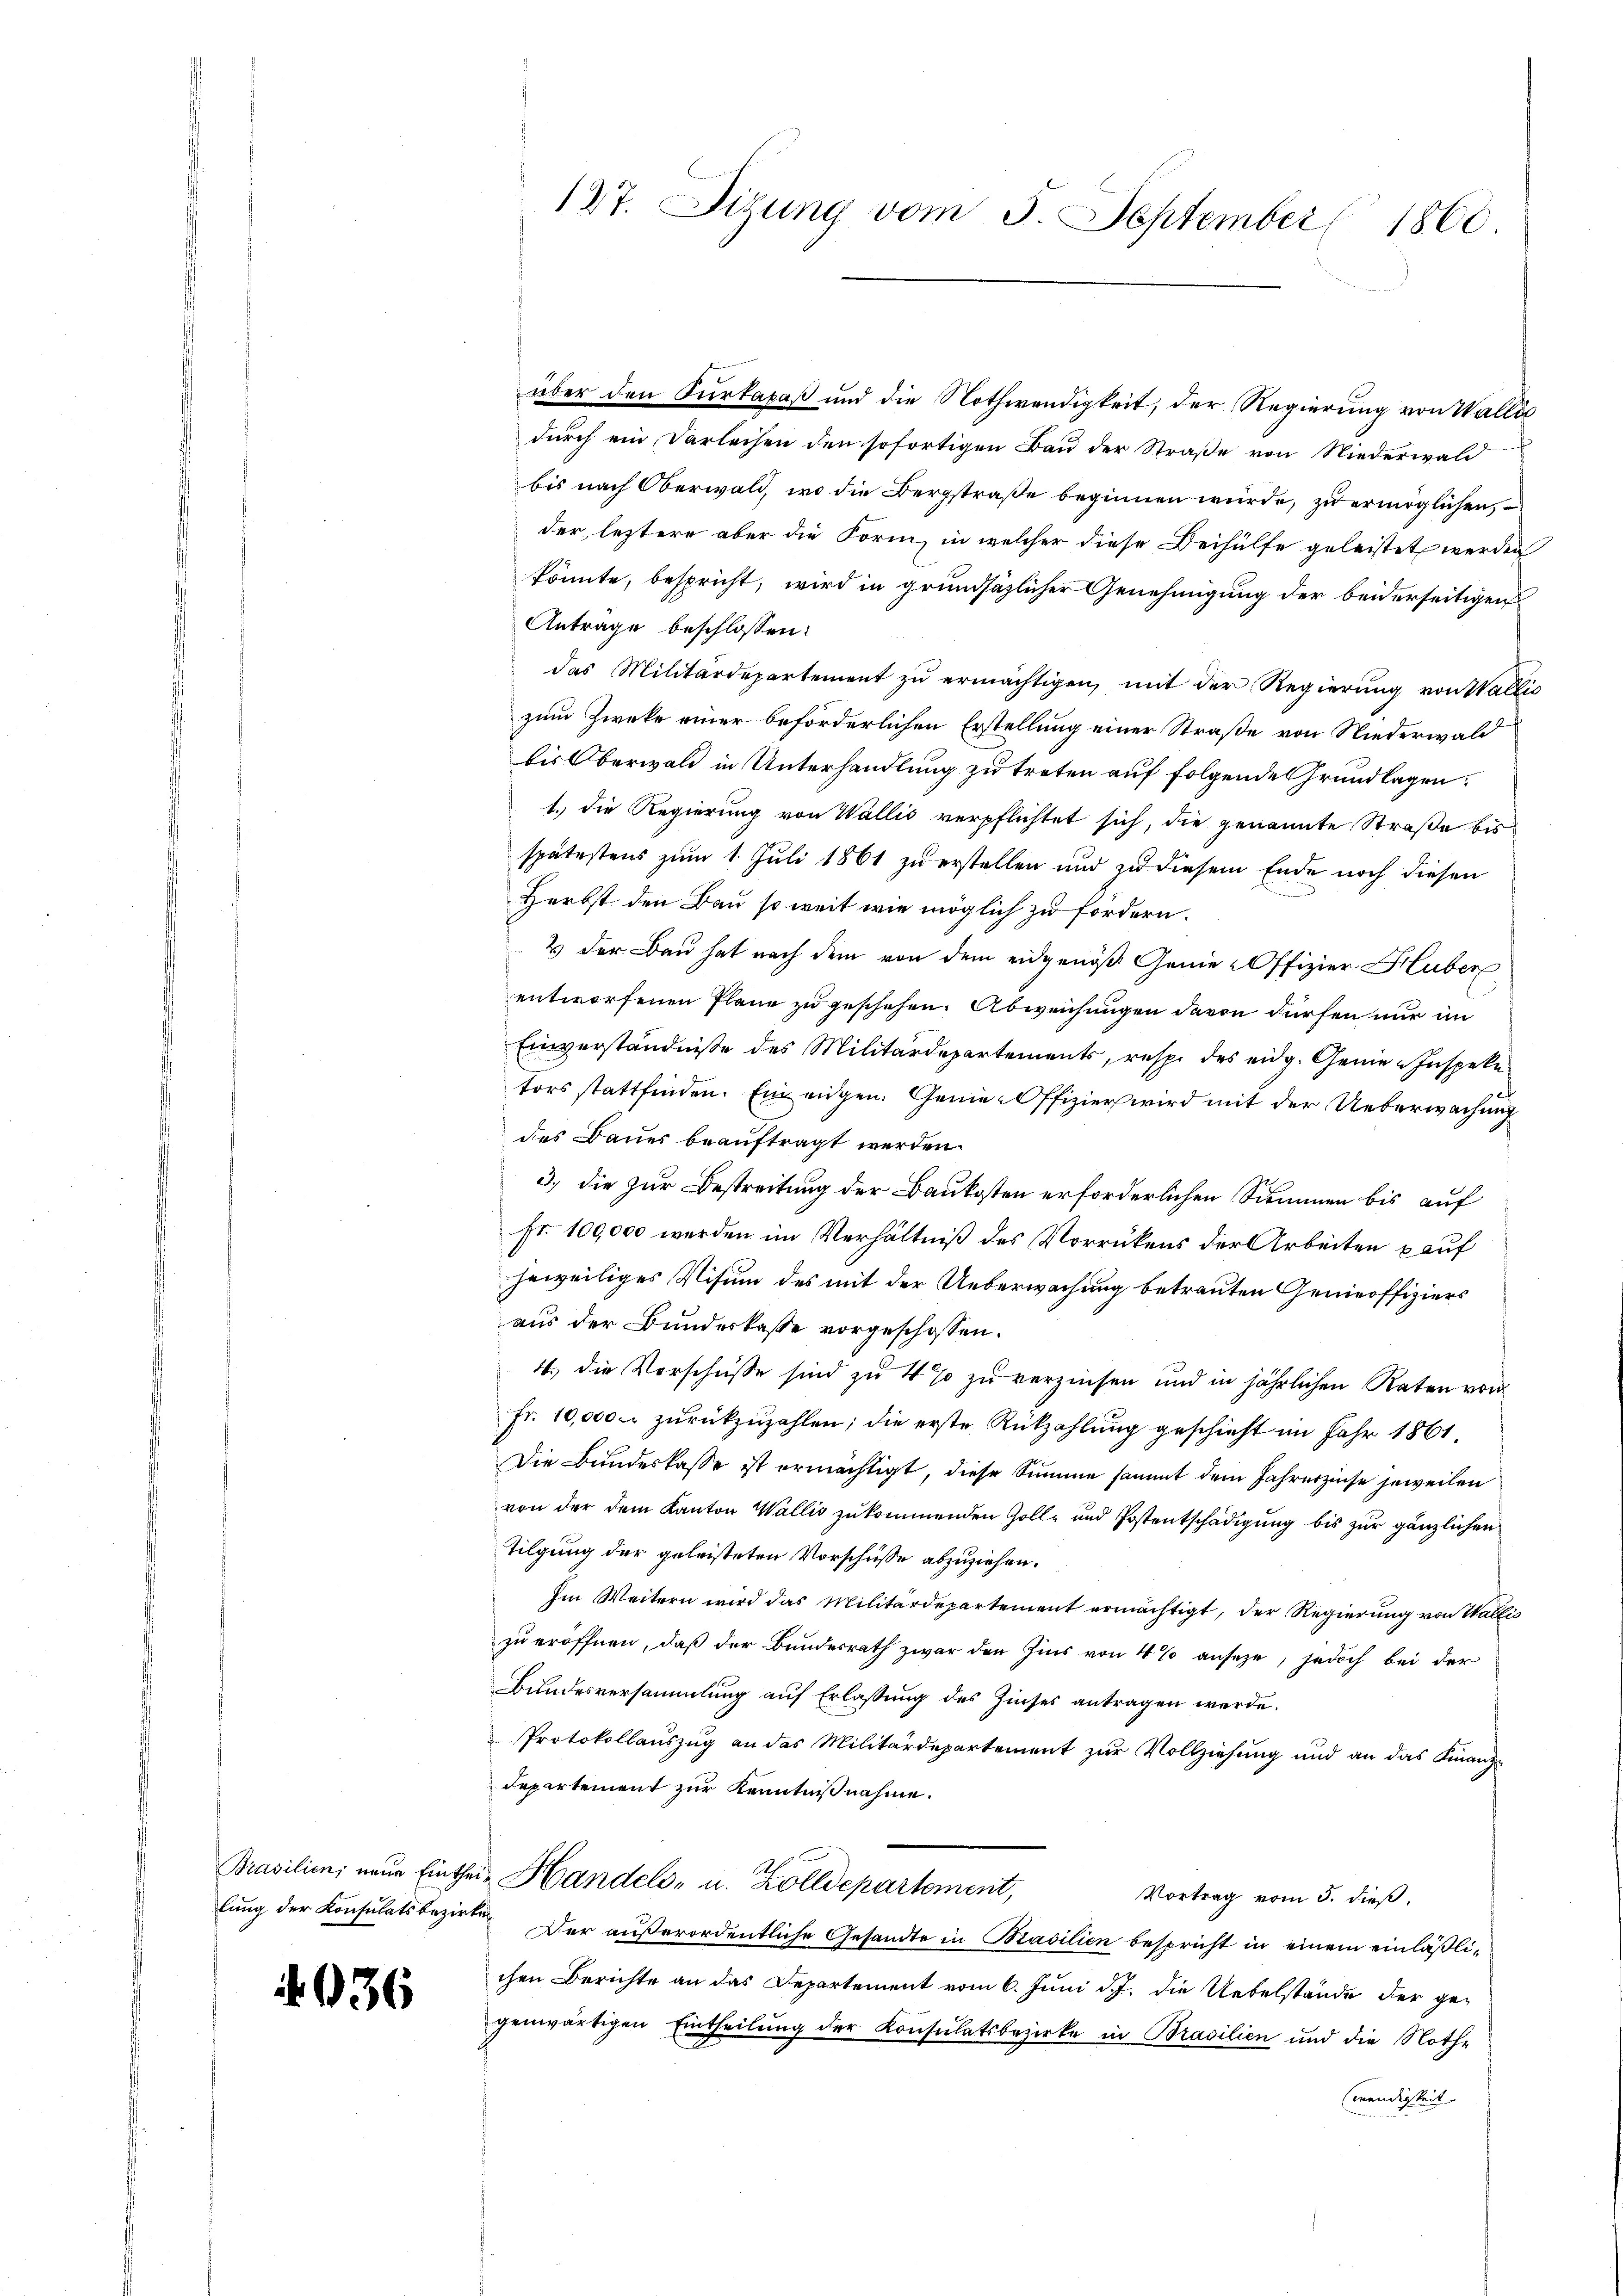
Brasilien, neue Einthei
lung der Konsulatsbezirk

4036

187. Dizung vom 5. September 1800.

über den Furkapaß und die Nothwendigkeit, der Regierung von Wallis
durch ein Darleihen den sofortigen Bau der Straße von Niederwald
bis nach Oberwald, wo die Bergstraße beginnen würde, zu ermöglichen
der, letztere aber die Form, in welcher diese Beihülfe geleistet werden
könnte, bespricht, wird in grundsätzlicher Genehmigung der beiderseitigen
Antrage beschlossen:
das Militärdepartement zŭ ermächtigen, mit der Regierung von Wallis
zum Zwecke einer beförderlichen Erstellung einer Straße von Niederwald
bis Oberwald in Unterhandlung zu treten auf folgende Grundlagen.
1.) Die Regierung von Wallis verpflichtet sich, die genannte Straße bis
spätestens zum 1. Juli 1861 zu erstellen und zu diesem Ende noch diesen
Herbst den Bau so weit wie möglich zu fordern.
2 der Bau hat nach dem von dem eidgenöß Genie-Offizier Huber
entworfenen Plane zu geschehen. Abweichungen davon dürfen nur im
Einverständniße des Militärdepartements, resp. des eidg. Gemeine Inspeke
tors stattfinden. Ein eigen. Genie-Offizier wird mit der Ueberwachung
des Baues beauftragt werden.
3.) die zur Bestreitung der Baukosten erforderlichen Summen bis auf
Fr. 100,000 werden im Verhältniß des Vorrückens der Arbeiten pauf
heweiliges Visum des mit der Ueberwachung betrauten Genieoffiziers
aus der Bundeskasse vorgeschossen.
4. die Vorschüsse sind zu 4 % zu verzinsen und in jährlichen Raten von
Fr. 10,000. zŭrückzuzahlen; die erste Rückzahlŭng geschieht im Jahr 1861.
Die Bundeskasse ist ermächtigt, diese Summe sammt dem Jahrerzinse jeweilen
von der dem Kanton Wallis zukommenden Zoll- und Postentschädigung bis zur gänzlichen
Tilgung der geleisteten Vorschüsse abzuziehen.
Im Weitern wird das Militärdepartement ermächtigt, der Regierung von Wallis
zu eröffnen, daß der Bundesrath zwar den Zins von 4 % anseze, jedoch bei der
Bundesversammlung auf Erlassung des Zinses antragen werde.
Protokollauszug an das Militärdepartement zur Vollziehung und an das Finanzdepartement zur Kenntnißnahme.
 Handels- u. Zolldepartement,
Vortrag vom 5. dieß.
 Der außerordentliche Gesandte in Masilien bespricht in einem einläßlichen Berichte an das Departement vom 6. Juni d. J. die Uebelstände der ge-
genwärtigen Eintheilung der Konsulatsbezirke in Brasilien und die Nothe
wendigkeit